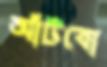
আঁটবো